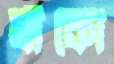
যাঁকো